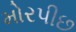
મોરપીછ